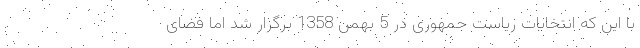
با این که انتخابات ریاست جمهوری در 5 بهمن 1358 برگزار شد اما فضای